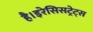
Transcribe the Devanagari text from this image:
है।इरेसिसट्रेट्स